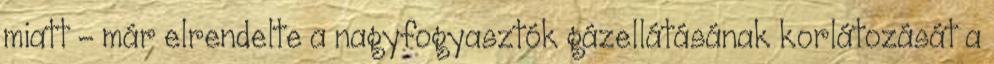
miatt - már elrendelte a nagyfogyasztók gázellátásának korlátozását a